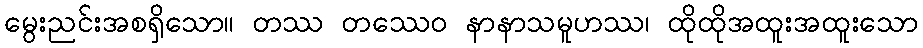
မွေးညင်းအစရှိသော။ တဿ တဿေဝ နာနာသမူဟဿ၊ ထိုထိုအထူးအထူးသော